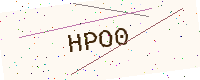
Text: HPO0